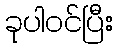
ခုပါဝင်ပြီး